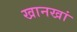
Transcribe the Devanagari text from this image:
खानखां